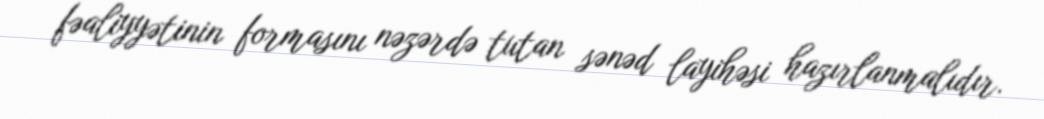
fəaliyyətinin formasını nəzərdə tutan sənəd layihəsi hazırlanmalıdır.